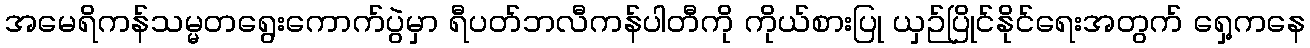
အမေရိကန်သမ္မတရွေးကောက်ပွဲမှာ ရီပတ်ဘလီကန်ပါတီကို ကိုယ်စားပြု ယှဉ်ပြိုင်နိုင်ရေးအတွက် ရှေ့ကနေ